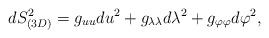
LaTeX: \begin{align*}dS_{(3D)}^{2}=g_{uu}du^{2}+g_{\lambda \lambda }d\lambda ^{2}+g_{\varphi\varphi }d\varphi ^{2},\end{align*}